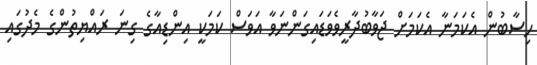
ހިސާބުން އެކަމަނާ އެކަމަށް ޖަވާބުދާރީވެވަޑައިގަންނަވާ އަވަސް ކަމަކީ އިންޑިއާގެ ގިނަ ރައްޔިތުންގެ މެދުގައި